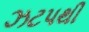
ઝટપથી